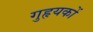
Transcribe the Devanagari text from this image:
गुहृयकों